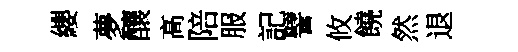
纓夢釀高陪服記譬攸饒然退